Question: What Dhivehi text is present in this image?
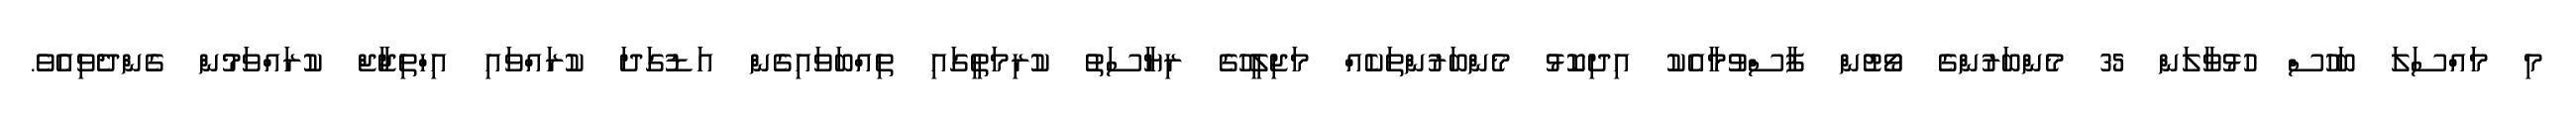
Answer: މި މައްސަލަ ބަހުސް ހުޅުވާލަން 35 މެންބަރުންގެ ވޯޓުން ފާސްވުމާއެކު އިދިކޮޅު މެންބަރުންތަކެއް މަޖިލީހުގެ ރިޔާސަތު ކުރިމަތީގައި ތިއްބަވައިގެން އަޑުގަދަ ކުރައްވައި އިހްތިޖާޖް ކުރައްވަމުން ގެންދެވިއެވެ.